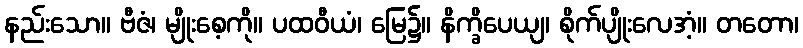
နည်းသော။ ဗီဇံ၊ မျိုးစေ့ကို။ ပထဝီယံ၊ မြေ၌။ နိက္ခိပေယျ၊ စိုက်ပျိုးလေအံ့။ တတော၊